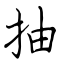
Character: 抽